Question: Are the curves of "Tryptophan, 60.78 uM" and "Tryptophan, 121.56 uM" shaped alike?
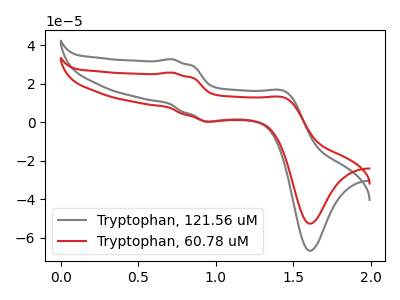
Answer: <think>The gray curve "Tryptophan, 121.56 uM" has anodic peaks at (0.70V, 32.75uA) (1.45V, 15.90uA) and cathodic peaks at (0.95V, 0.40uA) (1.60V, -66.80uA). The red curve "Tryptophan, 60.78 uM" has anodic peaks at (0.70V, 25.85uA) (1.45V, 12.55uA) and cathodic peaks at (0.95V, 0.30uA) (1.60V, -52.70uA).
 All the peaks in "Tryptophan, 60.78 uM" have a peak in "Tryptophan, 121.56 uM" at the same potential.</think>
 <answer>"Tryptophan, 60.78 uM" and "Tryptophan, 121.56 uM" are similar in shape.</answer>
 <eval>same_shape</eval>